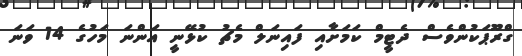
ގްރޫޕަކުންވެސް ދެޓީމް ކަަމަށާއި ފައިނަލް މެޗު ކުޅޭނީ އަންނަ މަހުގެ 14 ވަނަ